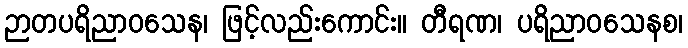
ဉာတပရိညာဝသေန၊ ဖြင့်လည်းကောင်း။ တီရဏ၊ ပရိညာဝသေနစ၊